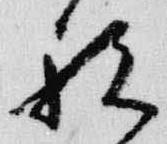
祝